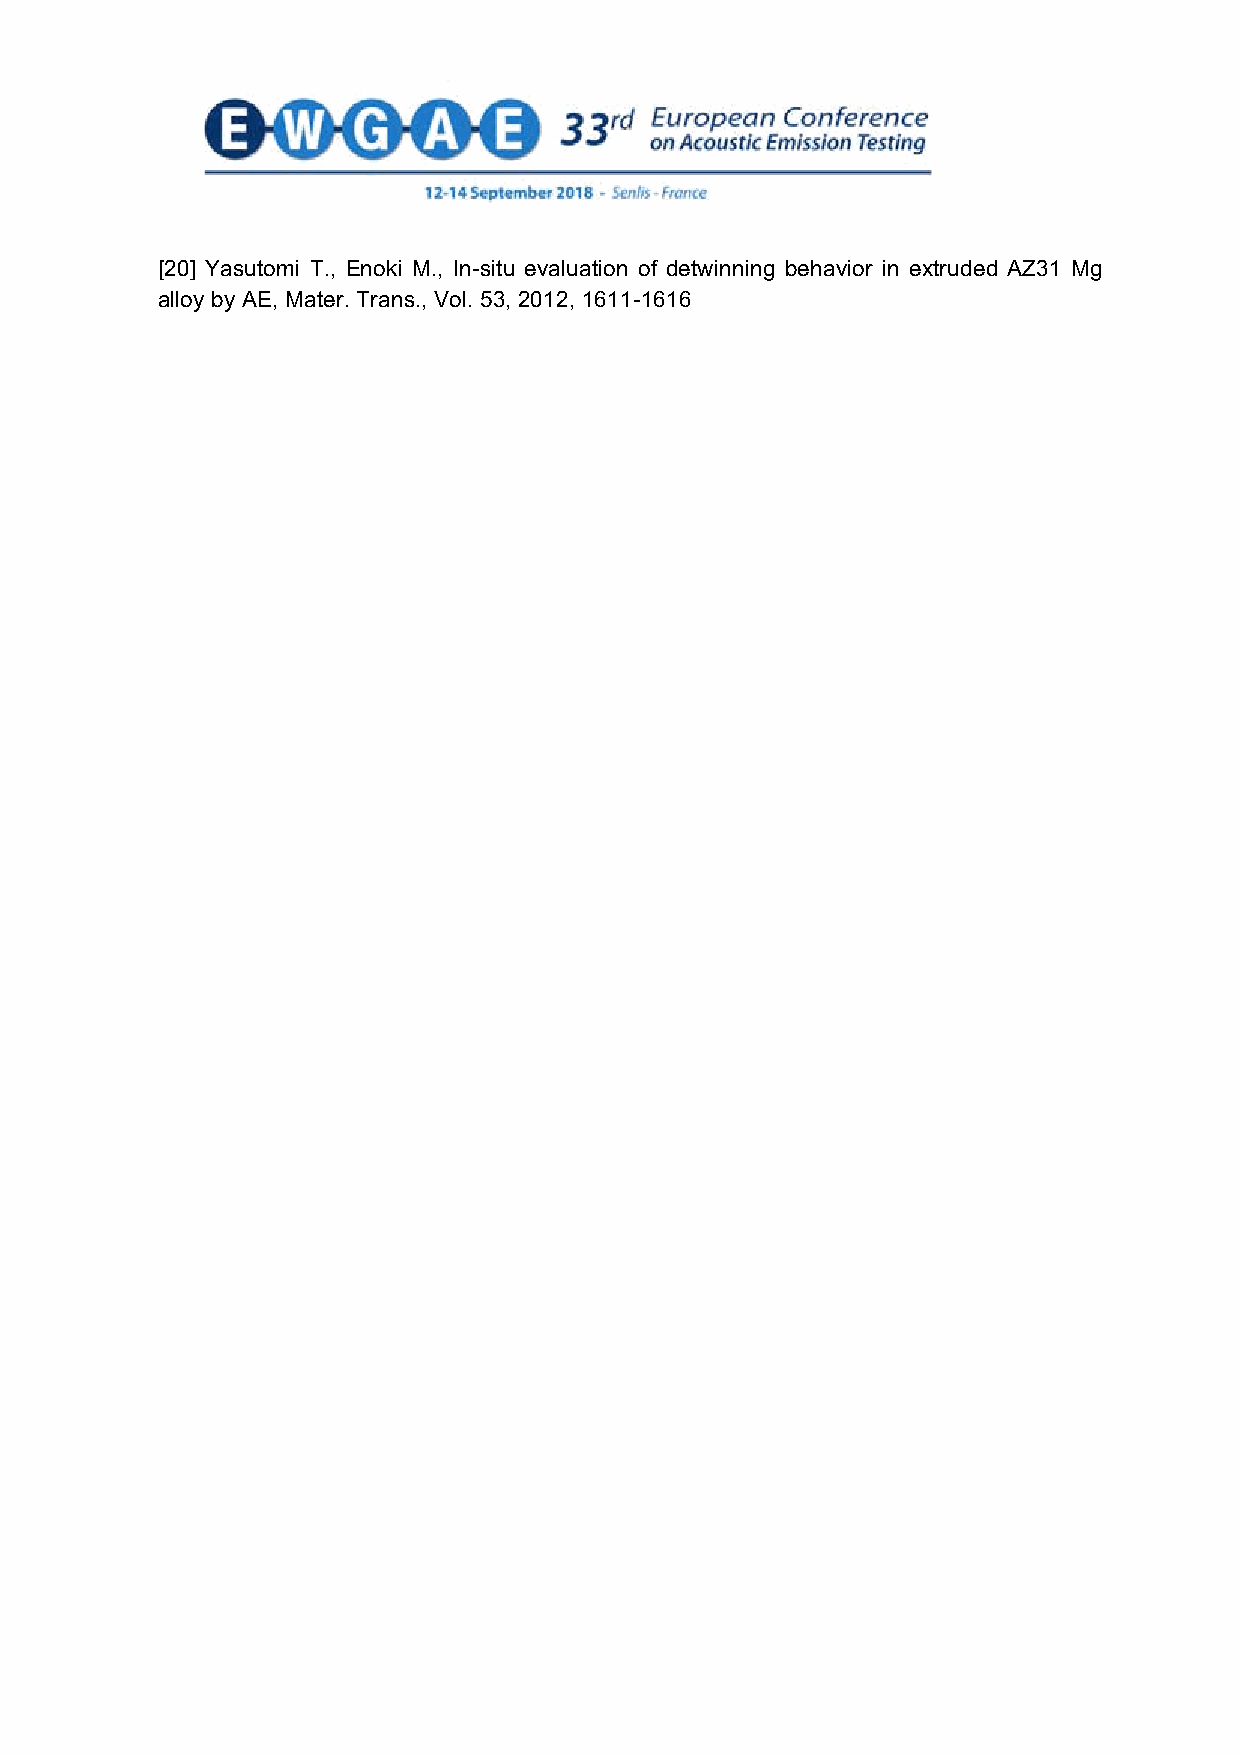
[20] Yasutomi T., Enoki M., In-situ evaluation of detwinning behavior in extruded AZ31 Mg
 alloy by AE, Mater. Trans., Vol. 53, 2012, 1611-1616
 13